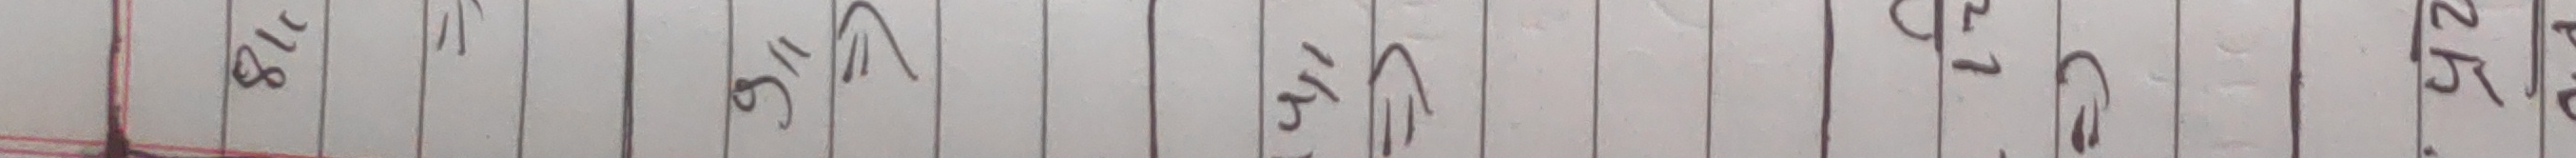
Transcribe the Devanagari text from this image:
८१ ३७ ५१ ५७ ७५ ९०